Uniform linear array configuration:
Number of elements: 4
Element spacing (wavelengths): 0.75
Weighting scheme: binomial
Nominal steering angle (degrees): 15
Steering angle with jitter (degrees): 15.114
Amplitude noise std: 0.05
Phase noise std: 0.05

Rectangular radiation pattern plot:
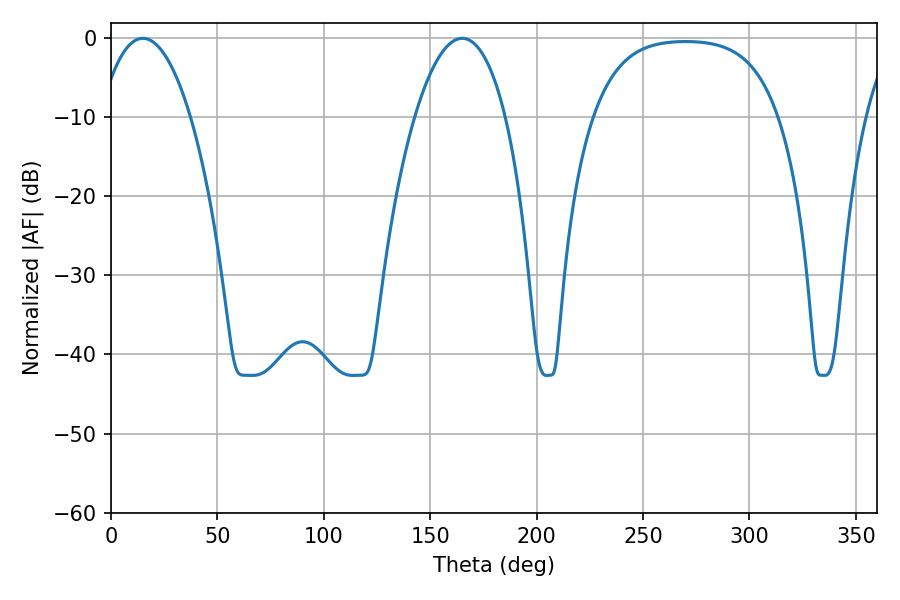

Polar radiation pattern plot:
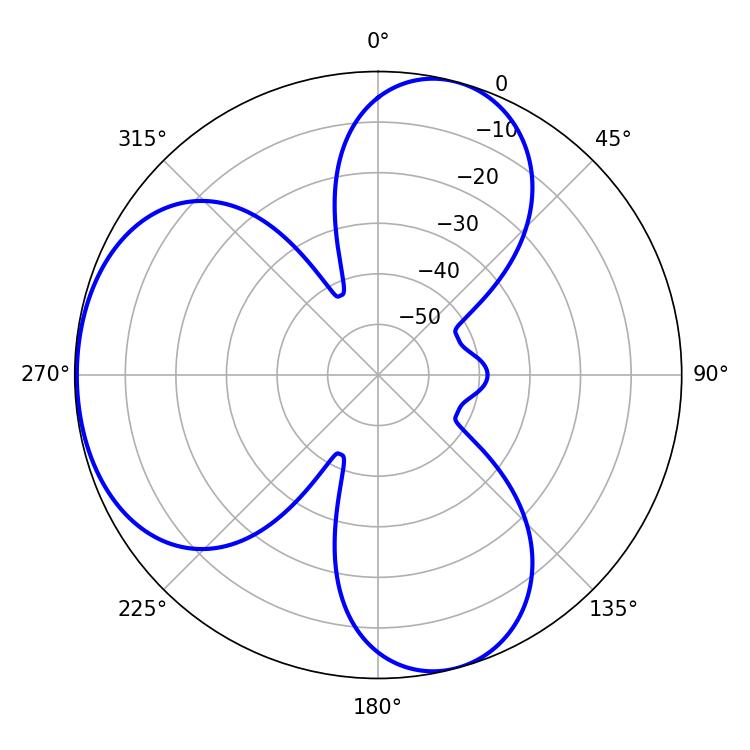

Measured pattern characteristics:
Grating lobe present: TRUE
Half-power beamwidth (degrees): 23.76
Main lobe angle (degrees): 14.94